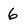
Character: 6